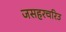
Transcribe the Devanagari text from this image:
जसहरचरिउ